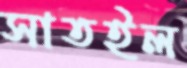
সাতইল